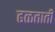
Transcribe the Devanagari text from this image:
ढळताती